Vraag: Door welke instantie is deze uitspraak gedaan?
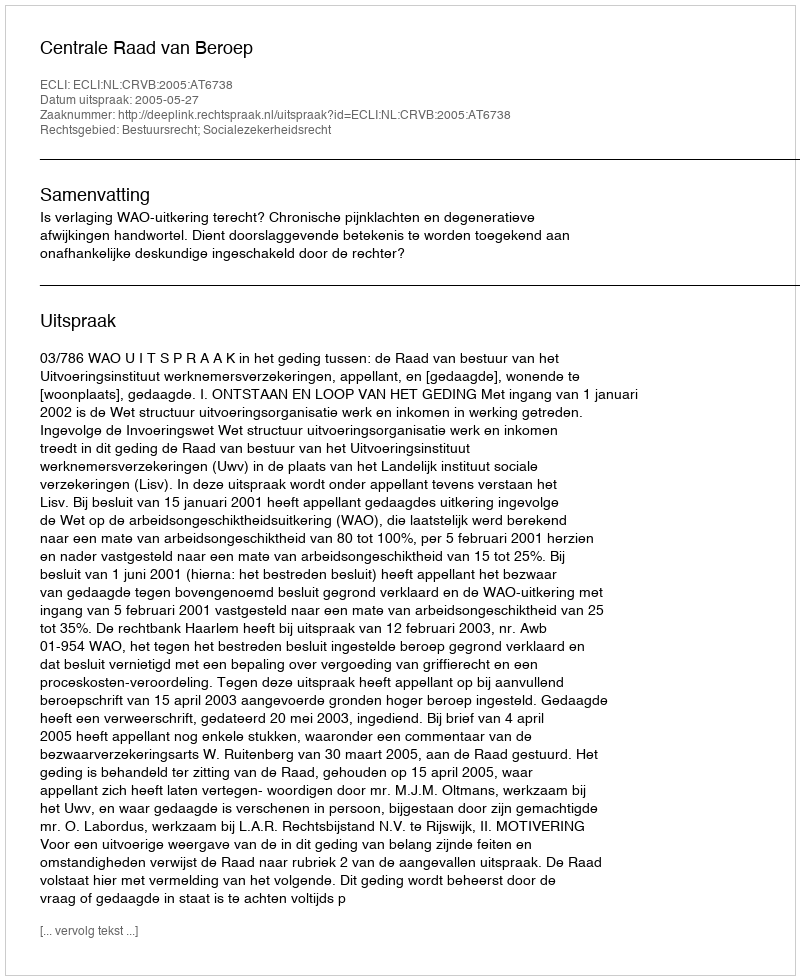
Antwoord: Centrale Raad van Beroep